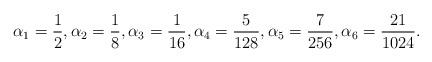
LaTeX: \begin{align*} \alpha_1 = {1 \over 2}, \alpha_2 = {1 \over 8}, \alpha_3 = {1 \over 16}, \alpha_4 = {5 \over 128}, \alpha_5 = {7 \over 256}, \alpha_6 = {21 \over 1024}. \end{align*}